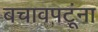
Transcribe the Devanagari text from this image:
बचावपटूंना